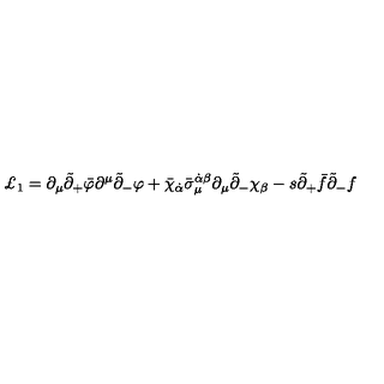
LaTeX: \pounds _ { 1 } = \partial _ { \mu } \tilde { \partial } _ { + } \bar { \varphi } \partial ^ { \mu } \tilde { \partial } _ { - } \varphi + \bar { \chi } _ { \dot { \alpha } } \bar { \sigma } _ { \mu } ^ { \dot { \alpha } \beta } { } \partial _ { \mu } \tilde { \partial } _ { - } \chi _ { \beta } - s \tilde { \partial } _ { + } \bar { f } \tilde { \partial } _ { - } f